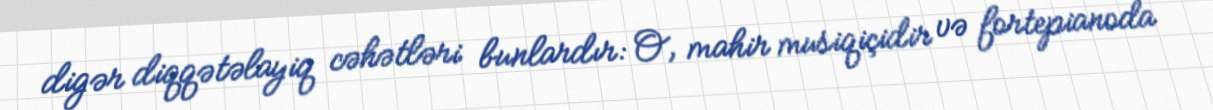
digər diqqətəlayiq cəhətləri bunlardır: O, mahir musiqiçidir və fortepianoda